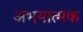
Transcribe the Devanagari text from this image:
अभयात्मक